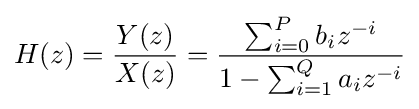
H(z)={\frac {Y(z)}{X(z)}}={\frac {\sum _{i=0}^{P}b_{i}z^{-i}}{1-\sum _{i=1}^{Q}a_{i}z^{-i}}}